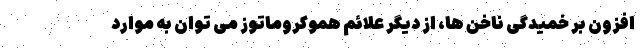
افزون بر خمیدگی ناخن ها، از دیگر علائم هموکروماتوز می توان به موارد